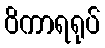
ဝိကာရရုပ်